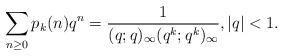
LaTeX: \begin{align*}\sum_{n\ge 0}p_k(n)q^n=\frac{1}{(q;q)_\infty(q^k;q^k)_\infty},|q|<1.\end{align*}